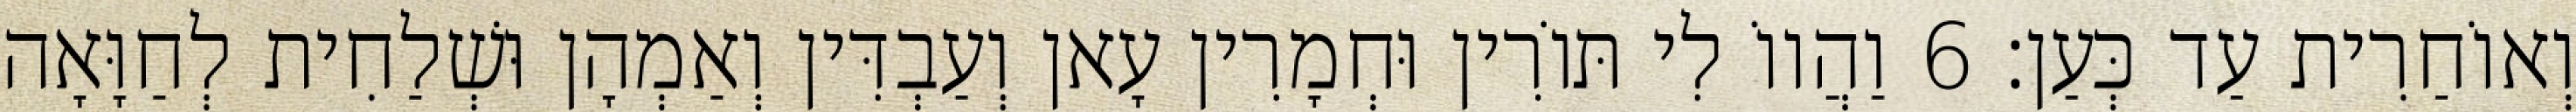
וְאוֹחַרִית עַד כְּעַן׃ 6 וַהֲווֹ לִי תּוֹרִין וּחְמָרִין עָאן וְעַבְדִּין וְאַמְהָן וּשְׁלַחִית לְחַוָּאָה